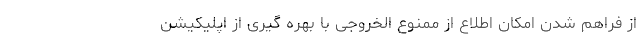
از فراهم شدن امکان اطلاع از ممنوع الخروجی با بهره گیری از اپلیکیشن